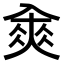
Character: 𠓵